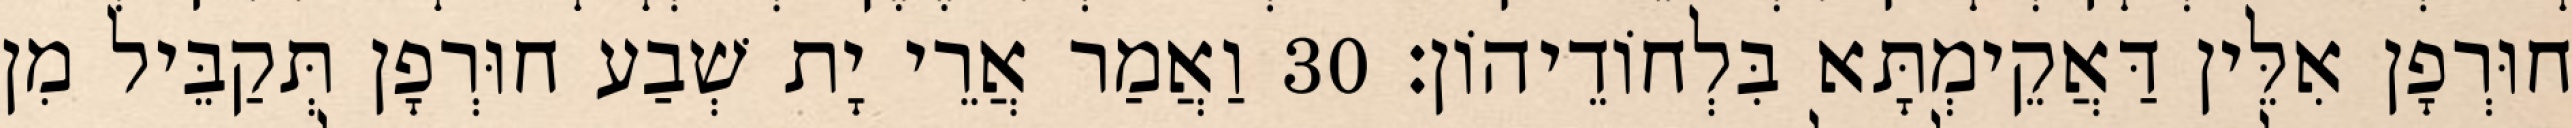
חוּרְפָן אִלֵּין דַּאֲקֵימְתָּא בִּלְחוֹדֵיהוֹן׃ 30 וַאֲמַר אֲרֵי יָת שְׁבַע חוּרְפָן תְּקַבֵּיל מִן